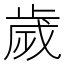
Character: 歲